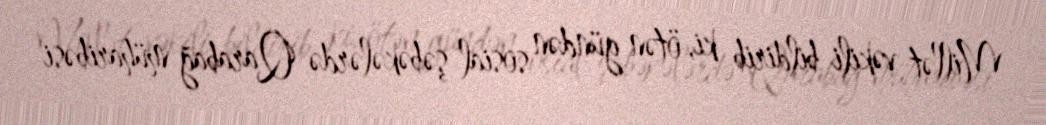
Millət vəkili bildirib ki, ötən gündən sosial şəbəkələrdə Qarabağ müharibəsi